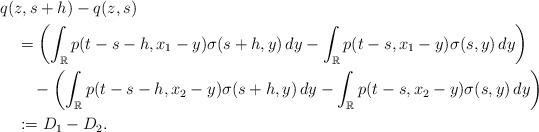
\begin{align*}&q(z,s+h)-q(z,s)\\&\quad{}= \biggl(\int_{\mathbb R} {p}(t-s-h, x_1-y)\sigma(s+h,y)\,dy-\int_{\mathbb R} {p}(t-s, x_1-y)\sigma(s,y)\,dy \biggr)\\&\qquad{}- \biggl(\int_{\mathbb R} {p}(t-s-h, x_2-y)\sigma(s+h,y)\,dy-\int_{\mathbb R} {p}(t-s, x_2-y)\sigma(s,y)\,dy \biggr)\\&\quad{}:=D_1-D_2.\end{align*}